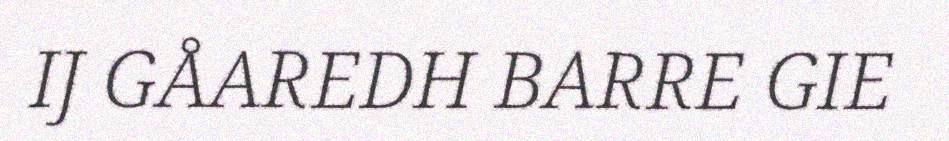
IJ GÅAREDH BARRE GIE